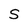
Character: S